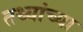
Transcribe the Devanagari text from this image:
तथ्‍यांच्‍या